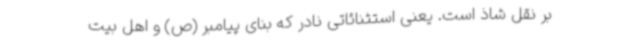
بر نقل شاذ است. یعنی استثنائاتی نادر که بنای پیامبر (ص) و اهل بیت